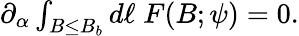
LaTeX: \begin{array}{r}{\partial_{\alpha}\int_{B\leq B_{b}}d\ell\; F(B;\psi)=0.}\end{array}